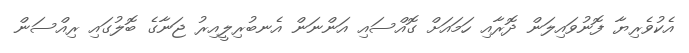
އެކުވެރިޔާ ފޮނުވައިލަން ދޮރާއި ހަމައަށް ގޮއްސައި އަންނަން އެނބުރިލީއިރު ޖަނާގެ ބޮލުގައި ރިއްސަން